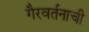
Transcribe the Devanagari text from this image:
गैरवर्तनाची